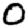
Digit: 0